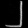
Digit: ၂